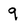
Character: 9